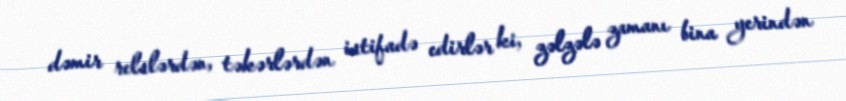
dəmir relslərdən, təkərlərdən istifadə edirlər ki, zəlzələ zamanı bina yerindən